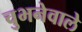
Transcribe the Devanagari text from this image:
चुभनेवाले